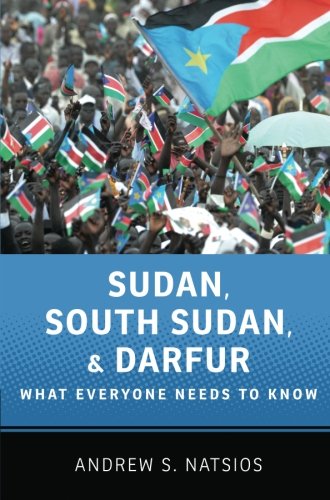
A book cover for Sudan, South Sudan, and Darfur: What Everyone Needs to KnowÂ®; Andrew S. Natsios; History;